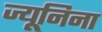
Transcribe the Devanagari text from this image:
ज्यूनिना